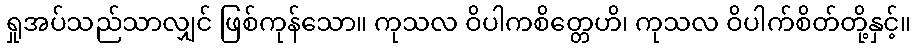
ရှုအပ်သည်သာလျှင် ဖြစ်ကုန်သော။ ကုသလ ဝိပါကစိတ္တေဟိ၊ ကုသလ ဝိပါက်စိတ်တို့နှင့်။